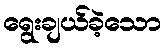
ရွေးချယ်ခဲ့သော